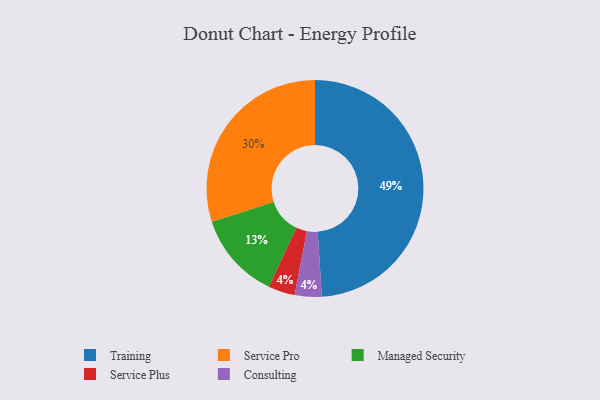
{"axis": {"x": "Category", "y": "Percentage"}, "legend": ["Consulting", "Managed Security", "Service Plus", "Service Pro", "Training"], "data": [{"x": "Training", "y": 49, "type": "Training"}, {"x": "Managed Security", "y": 13, "type": "Managed Security"}, {"x": "Service Plus", "y": 4, "type": "Service Plus"}, {"x": "Service Pro", "y": 30, "type": "Service Pro"}, {"x": "Consulting", "y": 4, "type": "Consulting"}]}